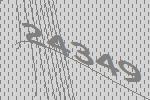
24349